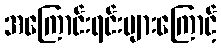
အကြောင်းရင်းများကြောင့်